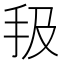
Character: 𢪳